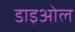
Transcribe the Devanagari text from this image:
डाइओल